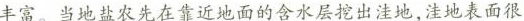
丰富。当地盐农先在靠近地面的含水层挖出洼地，洼地表面很